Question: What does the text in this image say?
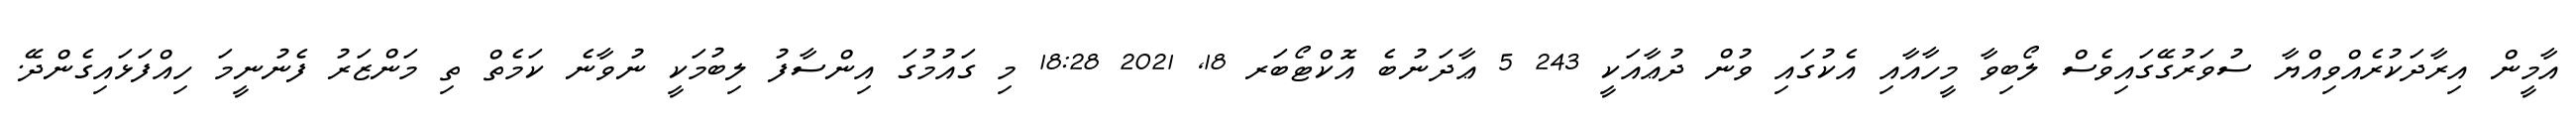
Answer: އާމީން އިރާދަކުރެއްވިއްޔާ ސުވަރުގޭގައިވެސް ލޯބިވާ މީހާއާއި އެކުގައި ވުން ދުޢާއަކީ 243 5 ޢާދަނުބެ އޮކްޓޯބަރ 18, 2021 18:28 މި ގައުމުގަ އިންސާފު ލިބުމަކީ ނުވާނެ ކަމެތް ތި މަންޒަރު ފެނުނީމަ ހިއްފަޅައިގެންދޭ.